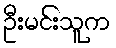
ဦးမင်းသူက